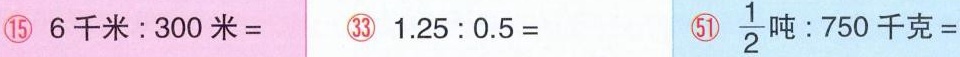
⑮ $$6 千 米 ： 3 0 米 =$$ ㉝ $$1 . 2 5 : 0 . 5 =$$ \bigcirc{51} 1 $$\frac { 1 } { 2 } ： 7 5 0 千 克 =$$